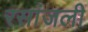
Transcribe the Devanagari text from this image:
रसांजली